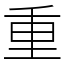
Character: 重